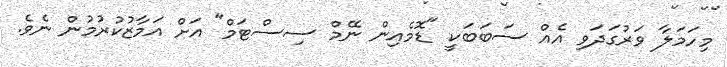
މިހަމަލާ ވަރުގަދަވި އެއް ސަބަބަކީ "ޑޮމެއިން ނޭމް ސިސްޓަމް" އަށް އަމާޒުކުރުމުން ނެވެ.